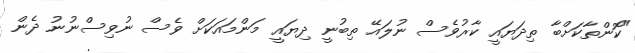
"ކޮންތާކަށްބާ ތިދަޔައީ ކާރުވެސް ނުލައޭ ތިބުނީ ދިޔައީ މަންމައަކަށް ވެސް ނުވިސްނުނު ދެން